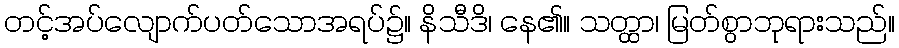
တင့်အပ်လျောက်ပတ်သောအရပ်၌။ နိသီဒိ၊ နေ၏။ သတ္ထာ၊ မြတ်စွာဘုရားသည်။